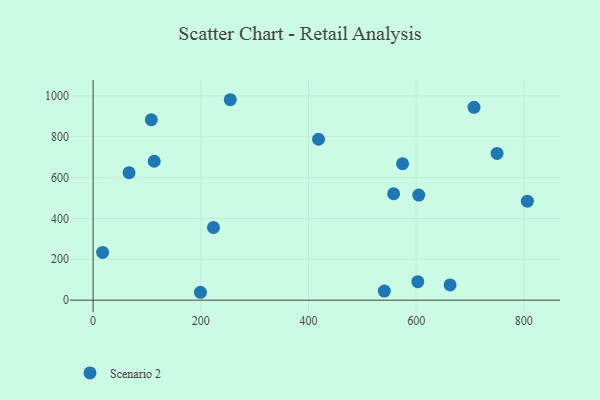
{"axis": {"x": "Engine Size", "y": "Salary"}, "legend": ["Scenario 2"], "data": [{"x": "603.1", "y": 90.6, "type": "Scenario 2"}, {"x": "223.6", "y": 355.5, "type": "Scenario 2"}, {"x": "254.8", "y": 980.8, "type": "Scenario 2"}, {"x": "113.5", "y": 679.7, "type": "Scenario 2"}, {"x": "540.9", "y": 44.4, "type": "Scenario 2"}, {"x": "17.7", "y": 233.4, "type": "Scenario 2"}, {"x": "750.3", "y": 717.8, "type": "Scenario 2"}, {"x": "108.1", "y": 882.9, "type": "Scenario 2"}, {"x": "663.1", "y": 74.6, "type": "Scenario 2"}, {"x": "604.9", "y": 514.1, "type": "Scenario 2"}, {"x": "66.8", "y": 623.9, "type": "Scenario 2"}, {"x": "199.4", "y": 38.6, "type": "Scenario 2"}, {"x": "574.8", "y": 667.9, "type": "Scenario 2"}, {"x": "418.7", "y": 787.4, "type": "Scenario 2"}, {"x": "806.6", "y": 484.2, "type": "Scenario 2"}, {"x": "558.2", "y": 520.8, "type": "Scenario 2"}, {"x": "707.5", "y": 943.7, "type": "Scenario 2"}]}